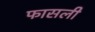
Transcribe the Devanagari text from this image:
फासली